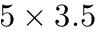
5 \times 3 . 5